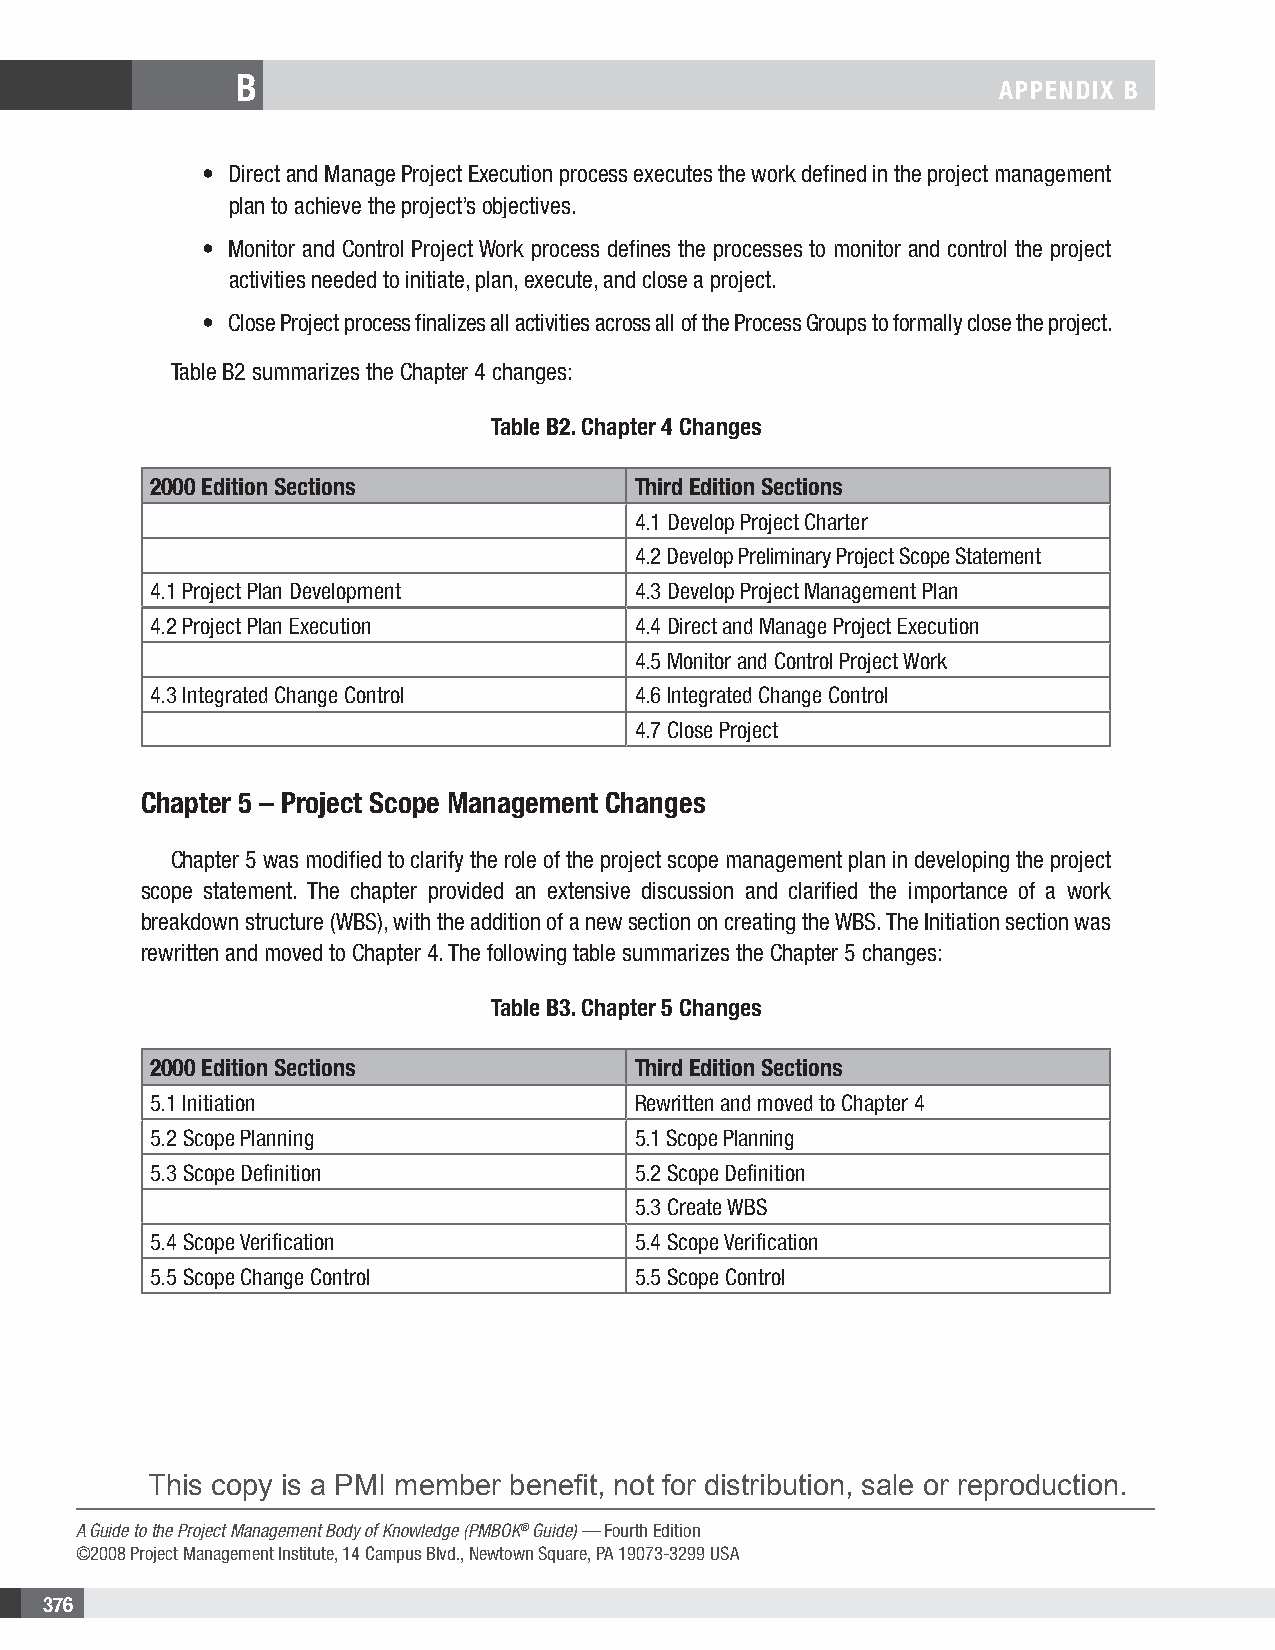
B
 APPENDIX B
 • Direct and Manage Project Execution process executes the work defined in the project management
 plan to achieve the project’s objectives.
 • Monitor and Control Project Work process defines the processes to monitor and control the project
 activities needed to initiate, plan, execute, and close a project.
 • Close Project process finalizes all activities across all of the Process Groups to formally close the project.
 Table B2 summarizes the Chapter 4 changes:
 Table B2. Chapter 4 Changes
 2000 Edition Sections           Third Edition Sections
 4.1 Develop Project Charter
 4.2 Develop Preliminary Project Scope Statement
 4.1 Project Plan Development    4.3 Develop Project Management Plan
 4.2 Project Plan Execution      4.4 Direct and Manage Project Execution
 4.5 Monitor and Control Project Work
 4.3 Integrated Change Control   4.6 Integrated Change Control
 4.7 Close Project
 Chapter 5 – Project Scope Management Changes
 Chapter 5 was modified to clarify the role of the project scope management plan in developing the project
 scope statement. The chapter provided an extensive discussion and clarified the importance of a work
 breakdown structure (WBS), with the addition of a new section on creating the WBS. The Initiation section was
 rewritten and moved to Chapter 4. The following table summarizes the Chapter 5 changes:
 Table B3. Chapter 5 Changes
 2000 Edition Sections           Third Edition Sections
 5.1 Initiation                  Rewritten and moved to Chapter 4
 5.2 Scope Planning              5.1 Scope Planning
 5.3 Scope Definition            5.2 Scope Definition
 5.3 Create WBS
 5.4 Scope Verification          5.4 Scope Verification
 5.5 Scope Change Control        5.5 Scope Control
 This copy is a PMI member benefit, not for distribution, sale or reproduction.
 A Guide to the Project Management Body of Knowledge (PMBOK® Guide) — Fourth Edition
 ©2008 Project Management Institute, 14 Campus Blvd., Newtown Square, PA 19073-3299 USA
 376